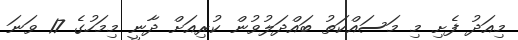
މިއަދު ފެށި މި މަސައްކަތު ބައްދަލުވުން ކުރިއަށް ދާނީ މިމަހުގެ 17 ވަނަ